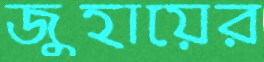
জুহায়ের